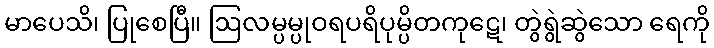
မာပေသိ၊ ပြုစေပြီ။ ဩလမ္ပမ္ပုဝရပရိပုမ္ပိတကုဋေ၊ တွဲရွဲဆွဲသော ရေကို